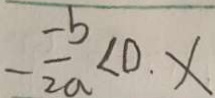
- \frac { - b } { 2 a } < 0 . x